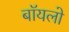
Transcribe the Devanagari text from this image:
बॉयलो